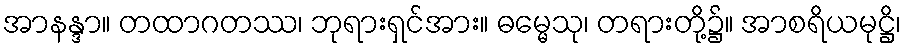
အာနန္ဒာ။ တထာဂတဿ၊ ဘုရားရှင်အား။ ဓမ္မေသု၊ တရားတို့၌။ အာစရိယမုဋ္ဌိ၊